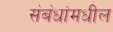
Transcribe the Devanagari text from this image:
संबंधांमधील